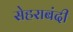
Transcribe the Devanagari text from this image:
सेहराबंदी